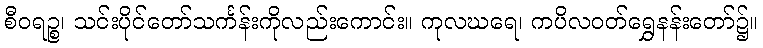
စီဝရဉ္စ၊ သင်းပိုင်တော်သင်္ကန်းကိုလည်းကောင်း။ ကုလဃရေ၊ ကပိလဝတ်ရွှေနန်းတော်၌။